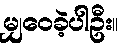
မျှဝေခဲ့ပါဦး။